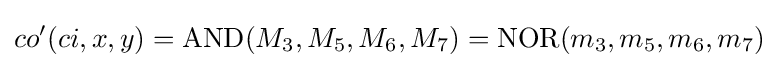
co'(ci,x,y)=\mathrm {AND} (M_{3},M_{5},M_{6},M_{7})=\mathrm {NOR} (m_{3},m_{5},m_{6},m_{7})